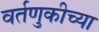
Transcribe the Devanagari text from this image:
वर्तणुकीच्या